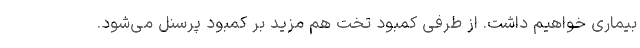
بیماری خواهیم داشت. از طرفی کمبود تخت هم مزید بر کمبود پرسنل می‌شود.